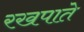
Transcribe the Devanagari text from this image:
रखपाते